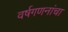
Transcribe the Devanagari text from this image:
वर्षगणनांचा